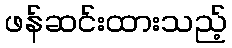
ဖန်ဆင်းထားသည့်